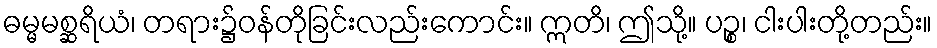
ဓမ္မမစ္ဆရိယံ၊ တရား၌ဝန်တိုခြင်းလည်းကောင်း။ ဣတိ၊ ဤသို့။ ပဉ္စ၊ ငါးပါးတို့တည်း။